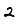
Digit: 2